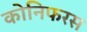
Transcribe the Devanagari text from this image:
कोनिफरस